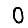
Digit: 0